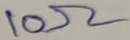
Text: 10Ω